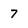
Character: 7